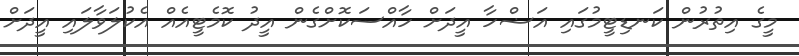
މީގެ އިތުރުން ކަނޑިޓީމުގައި އަޟްހާ އީދަށް ހާއްސަކޮށްގެން އީދު ކޮމެޓީއެއް އެކުލަވާލައި އީދަށް